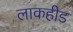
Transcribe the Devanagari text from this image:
लाकहीड